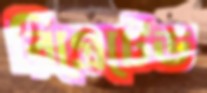
রিগ্রেটেড